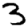
Digit: 3